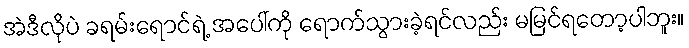
အဲဒီလိုပဲ ခရမ်းရောင်ရဲ့ အပေါ်ကို ရောက်သွားခဲ့ရင်လည်း မမြင်ရတော့ပါဘူး။